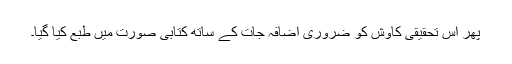
پھر اس تحقیقی کاوش کو ضروری اضافہ جات کے ساتھ کتابی صورت میں طبع کیا گیا۔